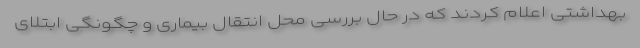
بهداشتی اعلام کردند که در حال بررسی محل انتقال بیماری و چگونگی ابتلای